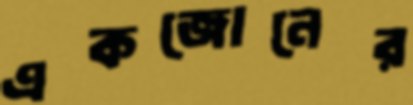
একজোনের